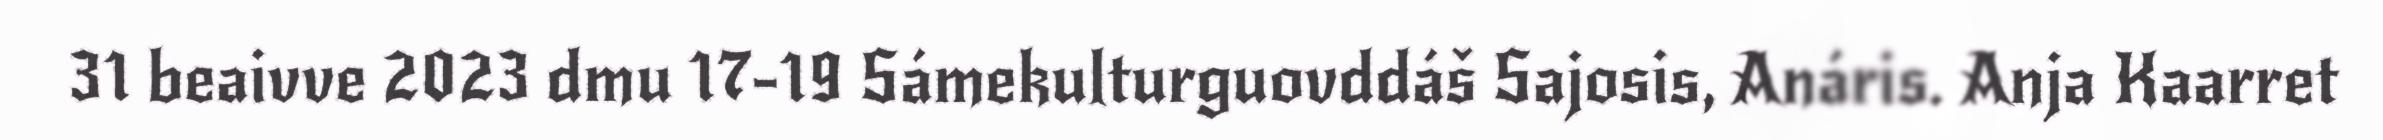
31 beaivve 2023 dmu 17-19 Sámekulturguovddáš Sajosis, Anáris. Anja Kaarret